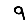
Digit: 9